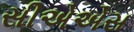
સીએએસ